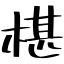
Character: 椹